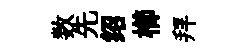
数先绍櫛拜